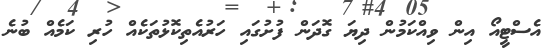
އެސްޓީއޯ އިން ވިއްކަމުން ދިޔަ ގޮދަން ފުށުގައި ހަރުއެތިކޮޅުތަކެއް ހުރި ކަަމެއް ބުނެ